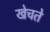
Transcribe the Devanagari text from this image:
खेचते